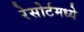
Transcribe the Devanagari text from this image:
रेसोर्टमध्ये